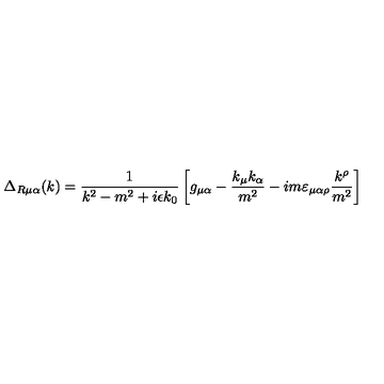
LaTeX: \Delta _ { R \mu \alpha } ( k ) = \frac { 1 } { k ^ { 2 } - m ^ { 2 } + i \epsilon k _ { 0 } } \left[ g _ { \mu \alpha } - \frac { k _ { \mu } k _ { \alpha } } { m ^ { 2 } } - i m \varepsilon _ { \mu \alpha \rho } \frac { k ^ { \rho } } { m ^ { 2 } } \right]